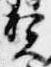
賀